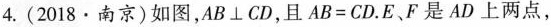
4.(2018·南京)如图,$$AB\perp CD$$,且$$AB=CD$$.E、F是 AD上两点,